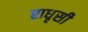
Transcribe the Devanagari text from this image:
राधृसी